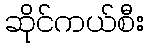
ဆိုင်ကယ်စီး